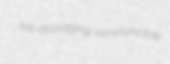
toil-assuaging noninvincible